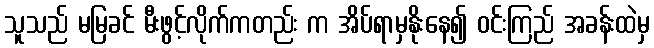
သူသည် မမြခင် မီးဖွင့်လိုက်ကတည်း က အိပ်ရာမှနိုးနေ၍ ဝင်းကြည် အခန်းထဲမှ